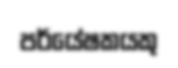
පර්යේෂකයකු